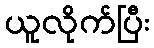
ယူလိုက်ပြီး